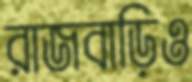
রাজবাড়িও